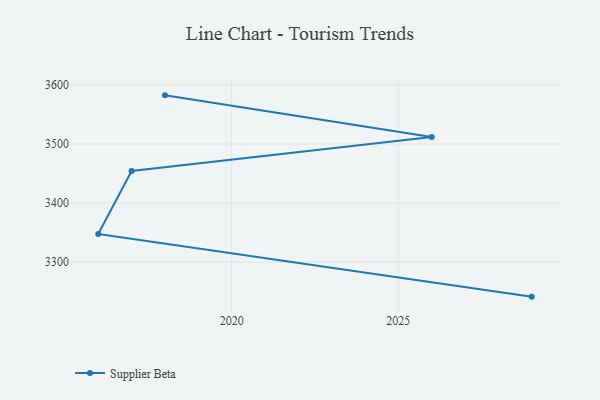
{"axis": {"x": "Year", "y": "Production Output"}, "legend": ["Supplier Beta"], "data": [{"x": "2018", "y": 3582.4, "type": "Supplier Beta"}, {"x": "2026", "y": 3511.7, "type": "Supplier Beta"}, {"x": "2017", "y": 3454.3, "type": "Supplier Beta"}, {"x": "2016", "y": 3347.4, "type": "Supplier Beta"}, {"x": "2029", "y": 3241.4, "type": "Supplier Beta"}]}